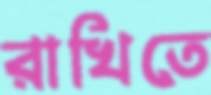
রাখিতে